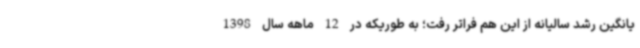
یانگین رشد سالیانه از این هم فراتر رفت؛ به طوریکه در 12 ماهه سال 1398